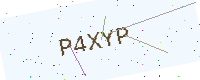
Text: P4XYP